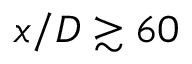
x / D \gtrsim 6 0